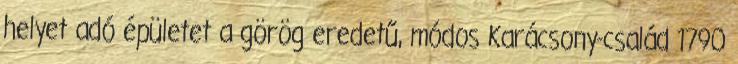
helyet adó épületet a görög eredetű, módos Karácsony-család 1790